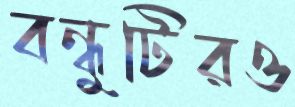
বন্ধুটিরও